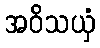
အဝိသယှံ